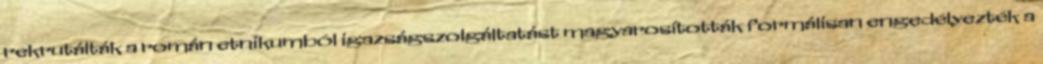
rekrutálták a román etnikumból igazságszolgáltatást magyarosították formálisan engedélyezték a